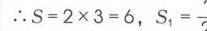
\(\therefore S = 2\times3 = 6\)，\(S_{1}=\frac{}{}\)